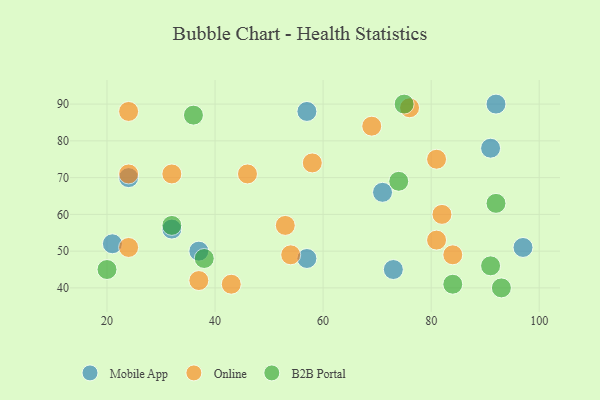
{"axis": {"x": "GDP", "y": "Life Expectancy"}, "legend": ["B2B Portal", "Mobile App", "Online"], "data": [{"x": "32", "y": 56, "type": "Mobile App"}, {"x": "73", "y": 45, "type": "Mobile App"}, {"x": "57", "y": 48, "type": "Mobile App"}, {"x": "97", "y": 51, "type": "Mobile App"}, {"x": "21", "y": 52, "type": "Mobile App"}, {"x": "92", "y": 90, "type": "Mobile App"}, {"x": "91", "y": 78, "type": "Mobile App"}, {"x": "24", "y": 70, "type": "Mobile App"}, {"x": "57", "y": 88, "type": "Mobile App"}, {"x": "71", "y": 66, "type": "Mobile App"}, {"x": "37", "y": 50, "type": "Mobile App"}, {"x": "69", "y": 84, "type": "Online"}, {"x": "54", "y": 49, "type": "Online"}, {"x": "82", "y": 60, "type": "Online"}, {"x": "81", "y": 53, "type": "Online"}, {"x": "53", "y": 57, "type": "Online"}, {"x": "84", "y": 49, "type": "Online"}, {"x": "24", "y": 88, "type": "Online"}, {"x": "81", "y": 75, "type": "Online"}, {"x": "43", "y": 41, "type": "Online"}, {"x": "32", "y": 71, "type": "Online"}, {"x": "46", "y": 71, "type": "Online"}, {"x": "76", "y": 89, "type": "Online"}, {"x": "58", "y": 74, "type": "Online"}, {"x": "24", "y": 71, "type": "Online"}, {"x": "24", "y": 51, "type": "Online"}, {"x": "37", "y": 42, "type": "Online"}, {"x": "75", "y": 90, "type": "B2B Portal"}, {"x": "38", "y": 48, "type": "B2B Portal"}, {"x": "91", "y": 46, "type": "B2B Portal"}, {"x": "32", "y": 57, "type": "B2B Portal"}, {"x": "93", "y": 40, "type": "B2B Portal"}, {"x": "74", "y": 69, "type": "B2B Portal"}, {"x": "84", "y": 41, "type": "B2B Portal"}, {"x": "36", "y": 87, "type": "B2B Portal"}, {"x": "20", "y": 45, "type": "B2B Portal"}, {"x": "92", "y": 63, "type": "B2B Portal"}]}